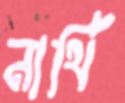
নার্থি